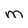
Character: m